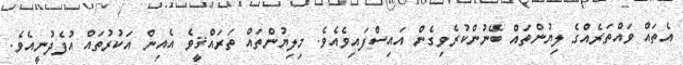
އެތައް ވައްތަރެއްގެ ލިޔުންތައް ބޭނުންކުރެވިގެން އައިސްފައިވެއެވެ. މިލިޔުންތައް ތަރައްޤީވެ އެއިން އަކުރުތައް އުފެދުނީއެވެ.